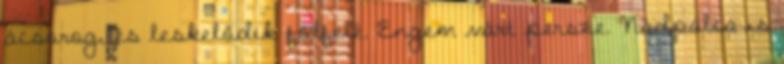
ácsorog, és leskelődik fölfelé. Engem várt persze. Nádpálca is